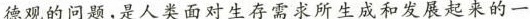
德观的问题,是人类面对生存1需求所生成和发展起来的